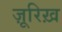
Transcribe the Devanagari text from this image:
ज़ूरिख़